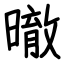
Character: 㬚